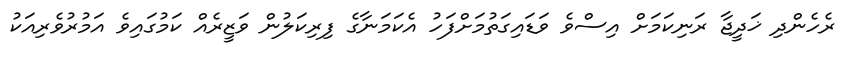
ރެހެންދި ޚަދީޖާ ރަނިކަމަށް އިސްވެ ވަޑައިގަތުމަށްފަހު އެކަމަނާގެ ފިރިކަލުން ވަޒީރެއް ކަމުގައިވެ އަމުރުވެރިއަކު